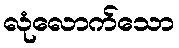
လုံလောက်သော